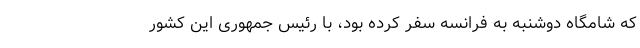
که شامگاه دوشنبه به فرانسه سفر کرده بود، با رئیس جمهوری این کشور